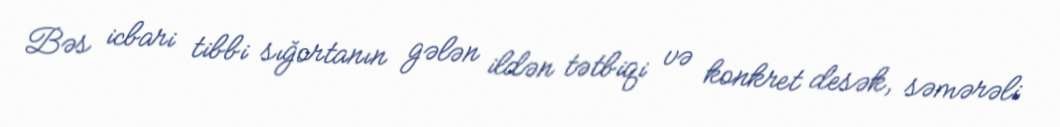
Bəs icbari tibbi sığortanın gələn ildən tətbiqi və konkret desək, səmərəli